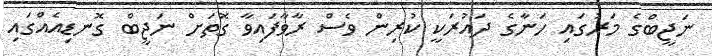
ނަޖީބްގެ މަރުގައި ހަނާގެ ދައުރަކީ ކުރިން ވެސް ރާވާފައިވާ ގޮތަށް ނަޖީބް ގޮނޑިއެއްގައި